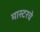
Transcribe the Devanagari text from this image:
मास्टरचे